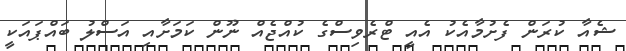
ޝެއާ ކުރަން ފެށުމާއެކު އެއީ ޓްރެވިސްގެ ކުއްޖެއް ނޫން ކަމަށާއި އަސްލު ބައްޕައަކީ